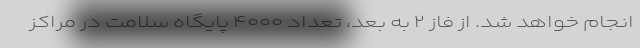
انجام خواهد شد. از فاز ۲ به بعد، تعداد ۴۰۰۰ پایگاه سلامت در مراکز